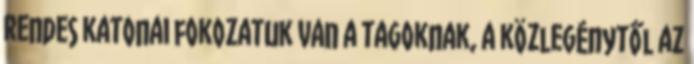
rendes katonai fokozatuk van a tagoknak, a közlegénytől az